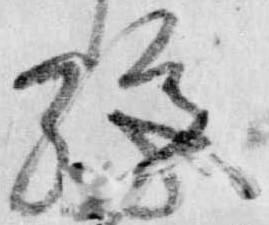
施